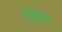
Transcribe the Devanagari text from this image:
डुब्वा